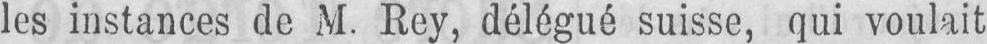
les instances de M. Rey, délégué suisse, qui voulait